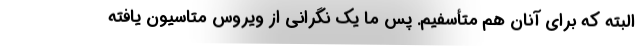
البته که برای آنان هم متأسفیم. پس ما یک نگرانی از ویروس متاسیون یافته